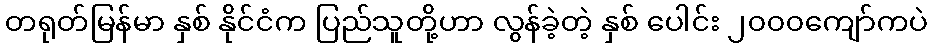
တရုတ်မြန်မာ နှစ် နိုင်ငံက ပြည်သူတို့ဟာ လွန်ခဲ့တဲ့ နှစ် ပေါင်း ၂၀၀၀ကျော်ကပဲ